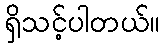
ရှိသင့်ပါတယ်။